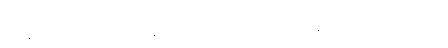
ဝိမာန-ဋ္ဌ-၈၊ ပါ-၁၊ တေ-သဒ္ဒေါ ပစ္စတ္တ ဗဟုဝစနေ သမ္ပဒါနေ ကရဏေ သာမိအတ္ထေ